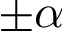
\pm \alpha